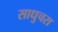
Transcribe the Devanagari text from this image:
साधुचरा